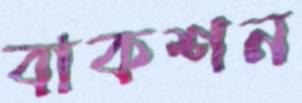
বাকশন